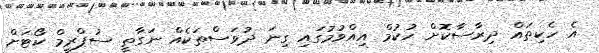
އެ ހެކިތައް ދިރާސާކޮށް ހުކުމް އިއްވުމުގައި ގިނަ ދުވަސްތަކެއް ނަގާތީ ސުޕްރީމް ކޯޓަށް